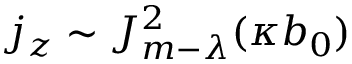
j _ { z } \sim J _ { m - \lambda } ^ { 2 } ( \kappa b _ { 0 } )